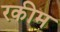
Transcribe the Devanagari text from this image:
रकीम